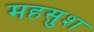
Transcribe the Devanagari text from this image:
महसुश